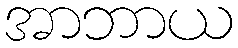
အာဘာယ